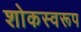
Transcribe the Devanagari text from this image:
शोकस्वरूप